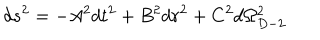
d s ^ { 2 } = - A ^ { 2 } d t ^ { 2 } + B ^ { 2 } d r ^ { 2 } + C ^ { 2 } d \Omega _ { D - 2 } ^ { 2 }